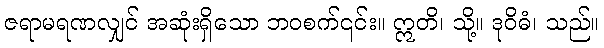
ဇရာမရဏလျှင် အဆုံးရှိသော ဘဝစက်၎င်း။ ဣတိ၊ သို့။ ဒုဝိဓံ၊ သည်။